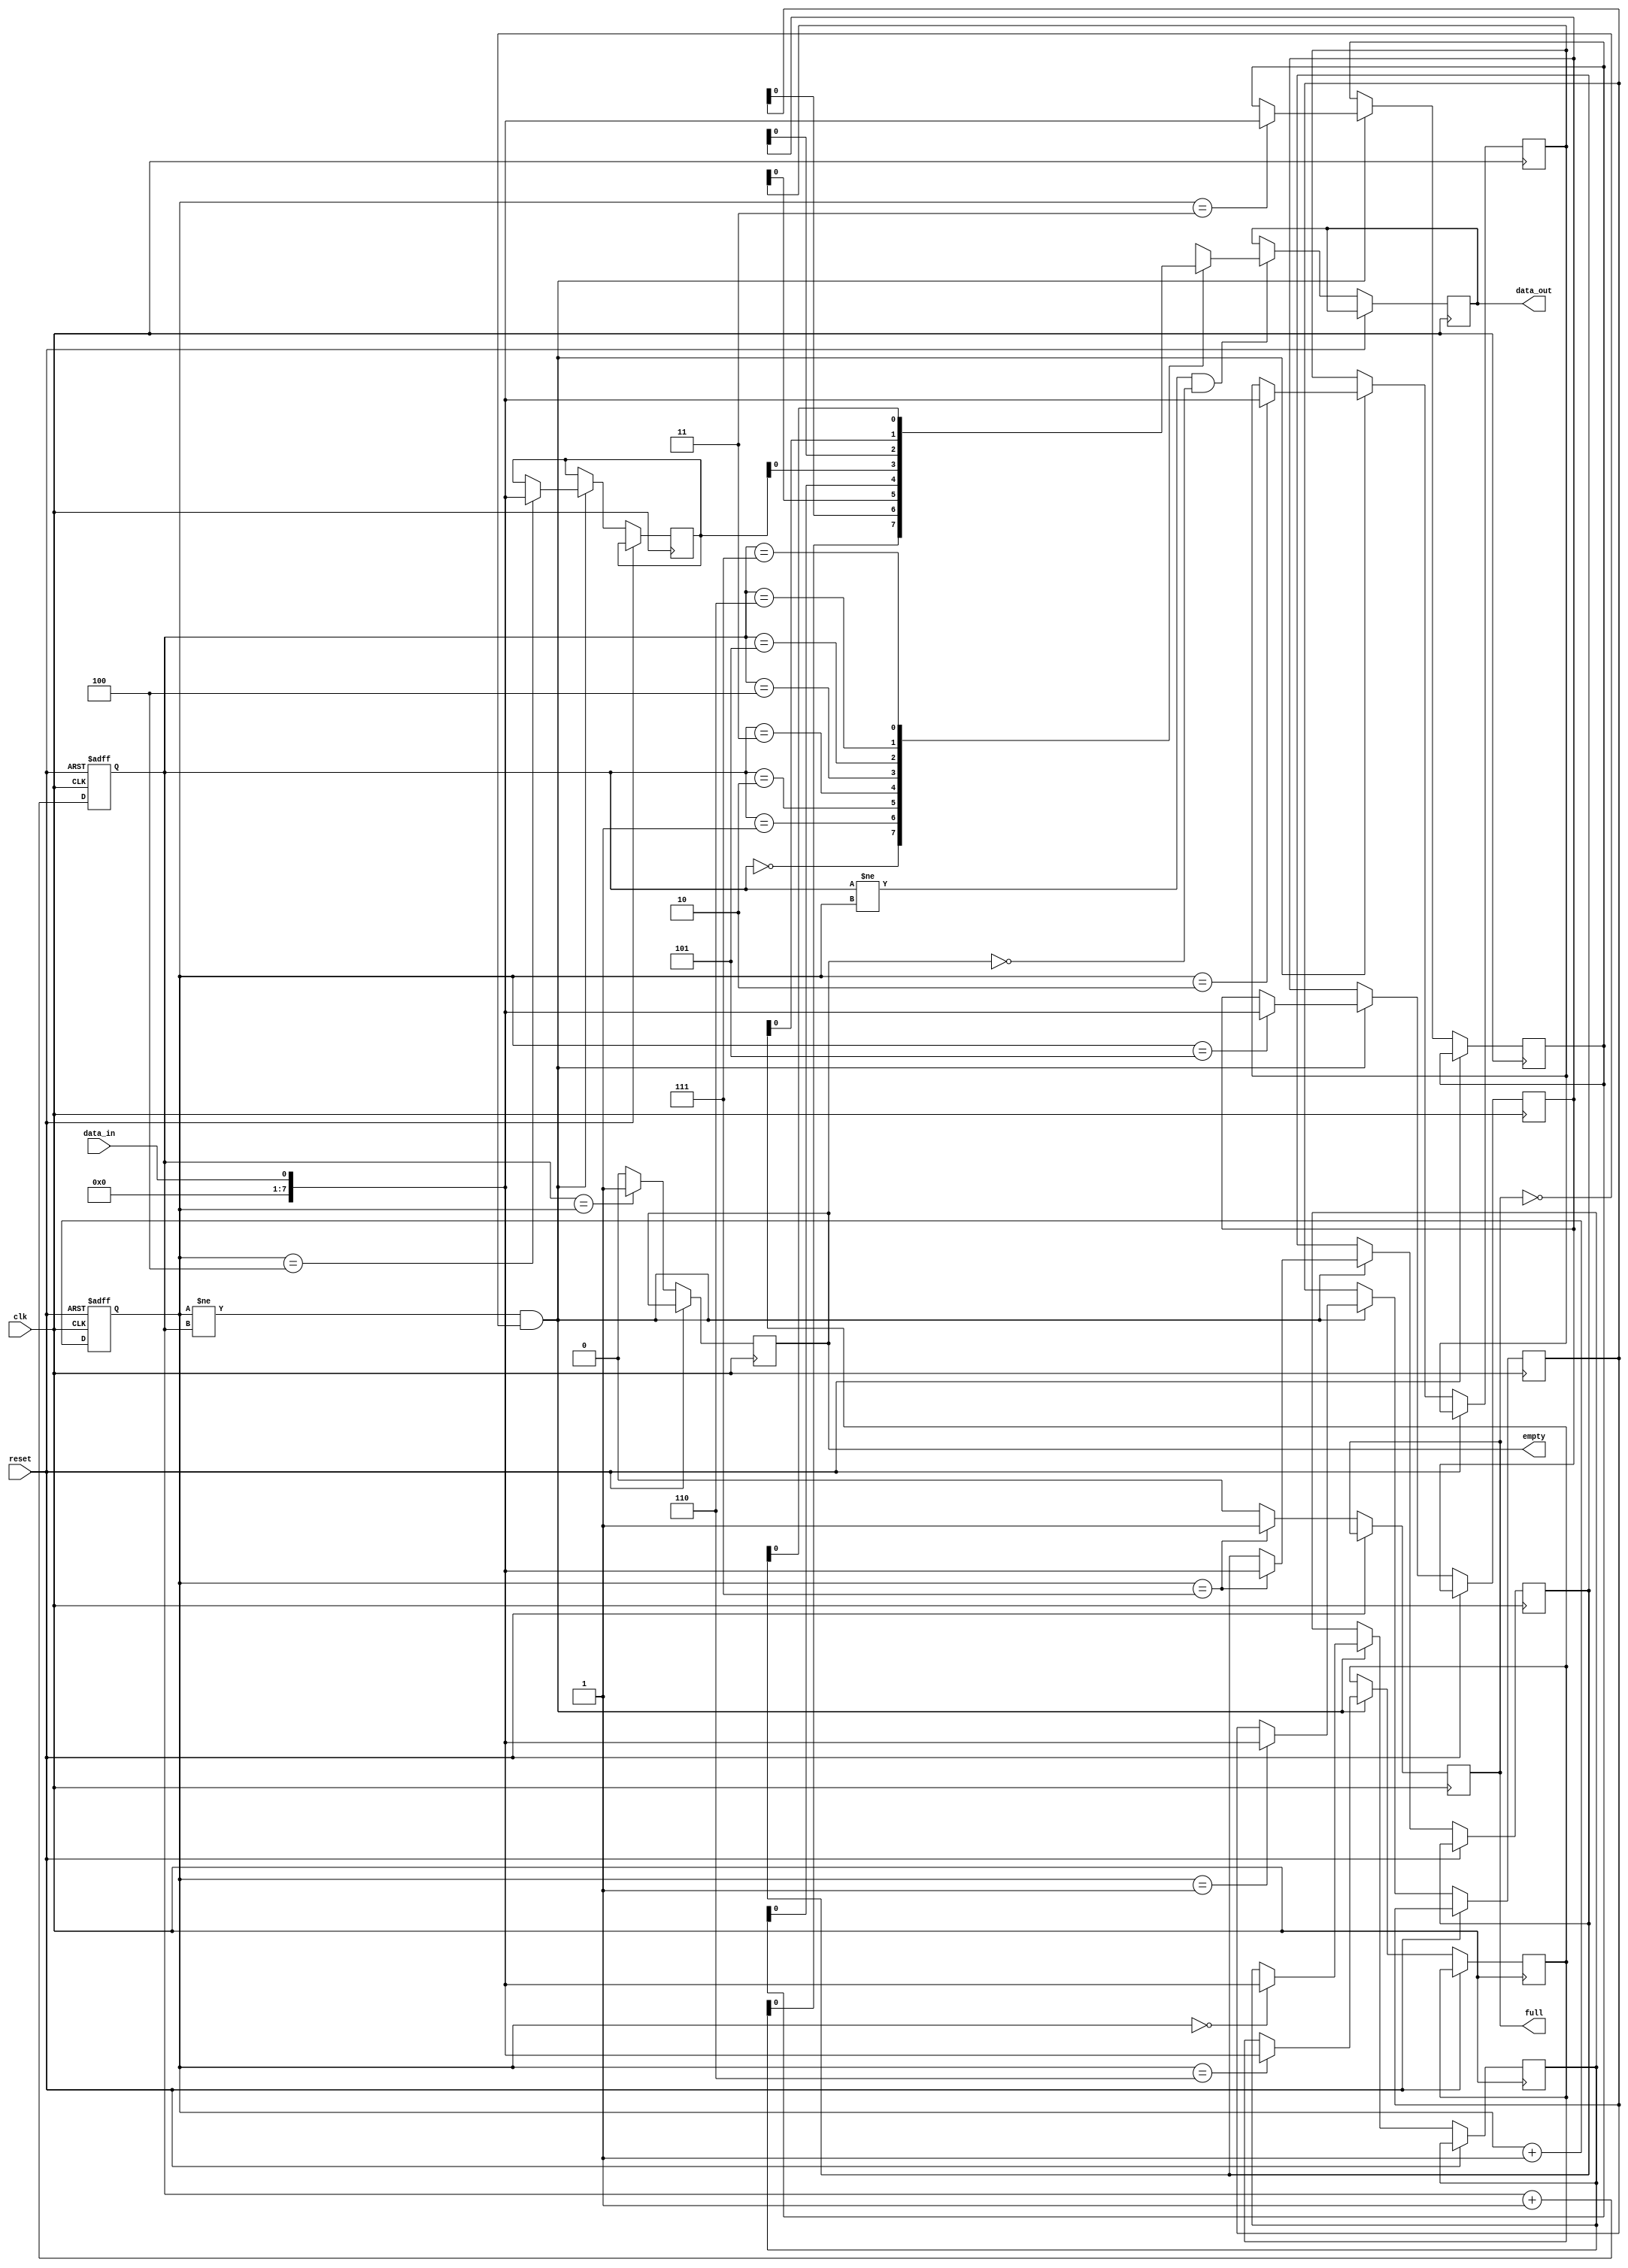
module FIFO_buffer (
    input wire clk,
    input wire reset,
    input wire data_in,
    output wire data_out,
    output wire full,
    output wire empty
);

parameter FIFO_DEPTH = 8;

reg [7:0] buffer [0:FIFO_DEPTH-1];
reg [2:0] read_pointer;
reg [2:0] write_pointer;

// Pointer management
always @ (posedge clk or posedge reset) begin
    if (reset) begin
        read_pointer <= 3'b000; // Initialize read pointer
        write_pointer <= 3'b000; // Initialize write pointer
    end 
    else begin
        if (write_pointer == FIFO_DEPTH-1) // Check if buffer is full
            full <= 1;
        else
            full <= 0;
            
        if (read_pointer == write_pointer) // Check if buffer is empty
            empty <= 1;
        else
            empty <= 0;

        if (write_pointer != read_pointer && ~full) // Write data to buffer
            buffer[write_pointer] <= data_in;
            write_pointer <= write_pointer + 1'b1;

        if (read_pointer != write_pointer && ~empty) // Read data from buffer
            data_out <= buffer[read_pointer];
            read_pointer <= read_pointer + 1'b1;
    end
end

endmodule